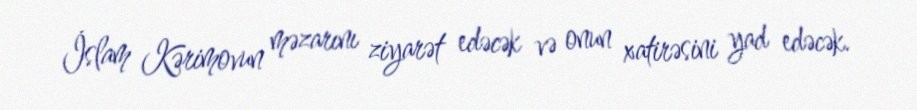
İslam Kərimovun məzarını ziyarət edəcək və onun xatirəsini yad edəcək.